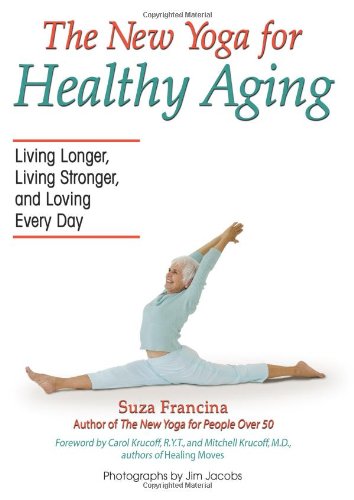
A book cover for The New Yoga for Healthy Aging: Living Longer, Living Stronger and Loving Every Day; Suza Francina; Health, Fitness & Dieting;